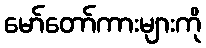
မော်တော်ကားများကို